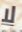
لا